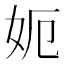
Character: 𡛖